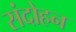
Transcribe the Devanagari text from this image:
संदोहन